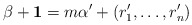
\begin{align*}\beta+\mathbf{1}=m\alpha'+(r_{1}',\ldots,r_{n}')\end{align*}